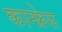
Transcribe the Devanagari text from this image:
कान्फ्रेस